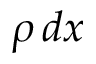
\rho \, d x